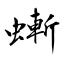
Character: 螹